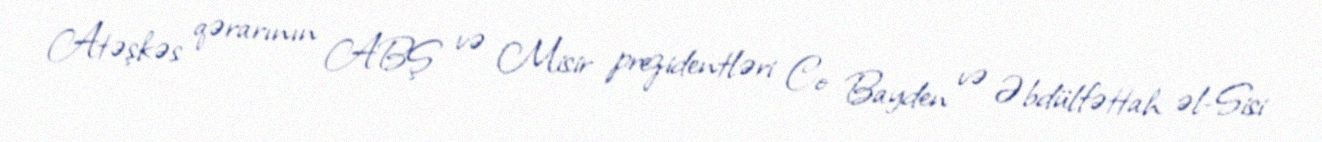
Atəşkəs qərarının ABŞ və Misir prezidentləri Co Bayden və Əbdülfəttah əl-Sisi